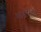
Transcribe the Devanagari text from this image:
आघारित